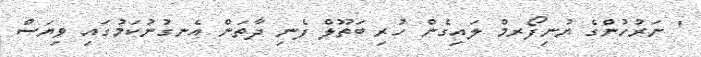
' ނަރުހުންގެ ޔުނިފޯރމް ލައިގެން ހުރި ބަތޫލް ފެނި ދާތަން އެނގުނުކަމުގައި ވިޔަސް